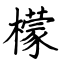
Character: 檬